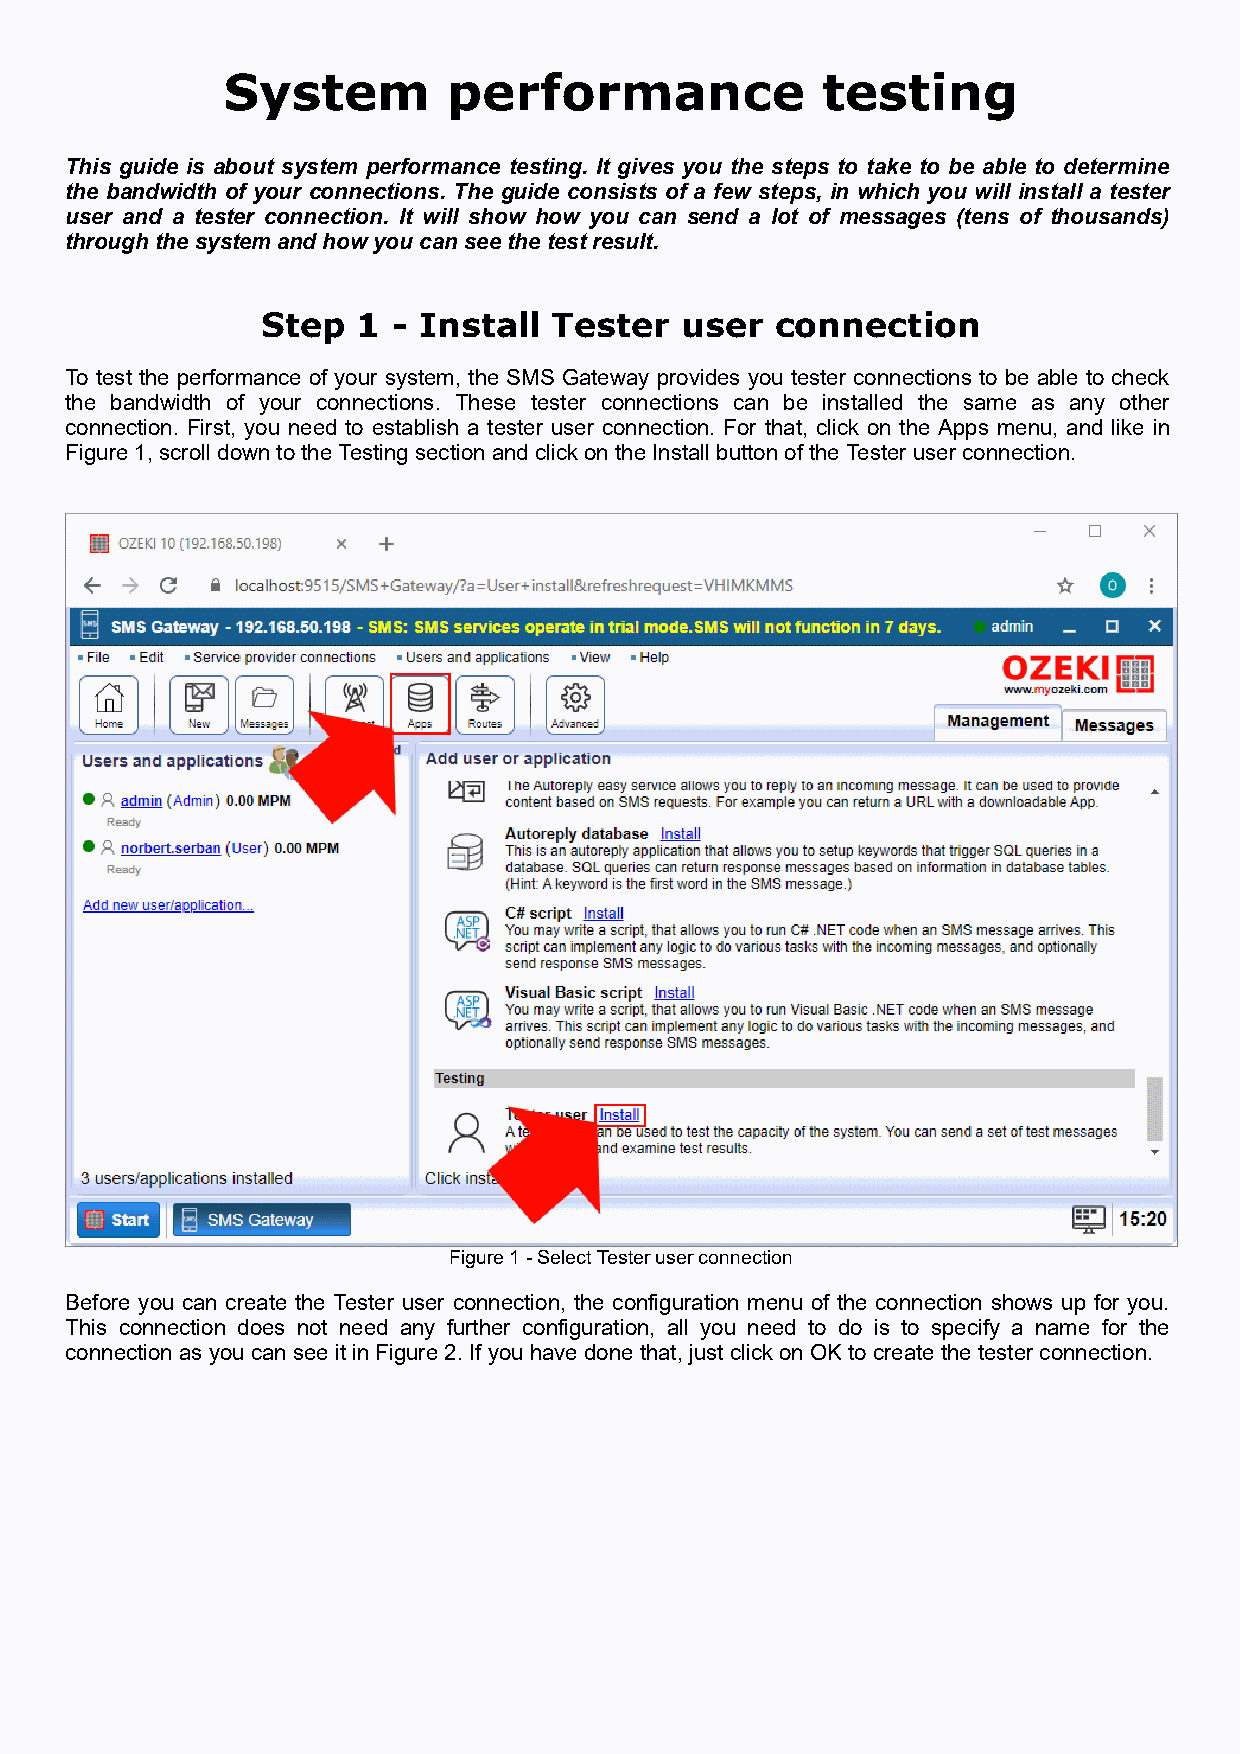
System         performance             testing
 This guide is about system performance testing. It gives you the steps to take to be able to determine
 the bandwidth of your connections. The guide consists of a few steps, in which you will install a tester
 user and a tester connection. It will show how you can send a lot of messages (tens of thousands)
 through the system and how you can see the test result.
 Step   1 - Install  Tester  user  connection
 To test the performance of your system, the SMS Gateway provides you tester connections to be able to check
 the bandwidth of your connections. These tester connections can be installed the same as any other
 connection. First, you need to establish a tester user connection. For that, click on the Apps menu, and like in
 Figure 1, scroll down to the Testing section and click on the Install button of the Tester user connection.
 Figure 1 - Select Tester user connection
 Before you can create the Tester user connection, the configuration menu of the connection shows up for you.
 This connection does not need any further configuration, all you need to do is to specify a name for the
 connection as you can see it in Figure 2. If you have done that, just click on OK to create the tester connection.